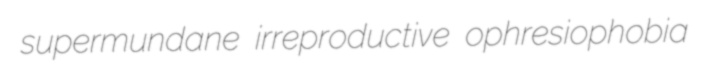
supermundane irreproductive ophresiophobia